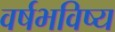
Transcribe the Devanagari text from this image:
वर्षभविष्य